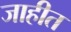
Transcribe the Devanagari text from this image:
जाहीत